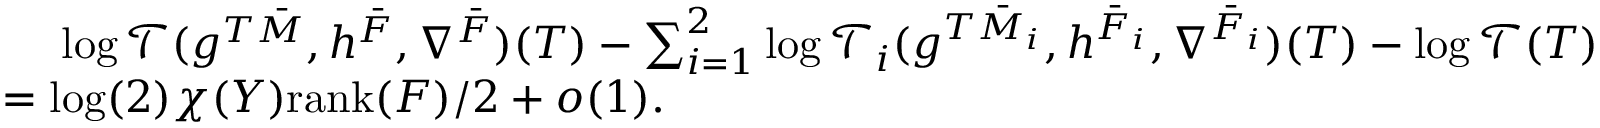
\begin{array} { r l } & { \ \ \ \ \log \mathcal { T } ( g ^ { T \bar { M } } , h ^ { \bar { F } } , \nabla ^ { \bar { F } } ) ( T ) - \sum _ { i = 1 } ^ { 2 } \log \mathcal { T } _ { i } ( g ^ { T \bar { M } _ { i } } , h ^ { \bar { F } _ { i } } , \nabla ^ { \bar { F } _ { i } } ) ( T ) - \log \mathcal { T } ( T ) } \\ & { = \log ( 2 ) \chi ( Y ) \mathrm { r a n k } ( F ) / 2 + o ( 1 ) . } \end{array}